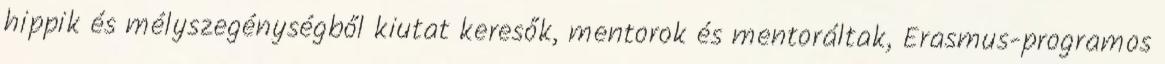
hippik és mélyszegénységből kiutat keresők, mentorok és mentoráltak, Erasmus-programos